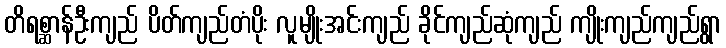
တိရစ္ဆာန်ဦးကျည် ပိတ်ကျည်တံပိုး လူမျိုးအင်းကျည် ခိုင်ကျည်ဆုံကျည် ကျိုးကျည်ကျည်ရွာ